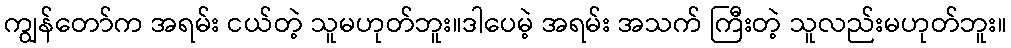
ကျွန်တော်က အရမ်း ငယ်တဲ့ သူမဟုတ်ဘူး။ဒါပေမဲ့ အရမ်း အသက် ကြီးတဲ့ သူလည်းမဟုတ်ဘူး။